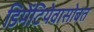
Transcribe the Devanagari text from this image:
डिमेंटियेवासोबत